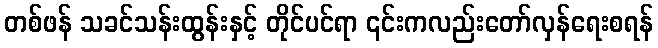
တစ်ဖန် သခင်သန်းထွန်းနှင့် တိုင်ပင်ရာ ၎င်းကလည်းတော်လှန်ရေးစရန်